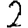
Digit: 2